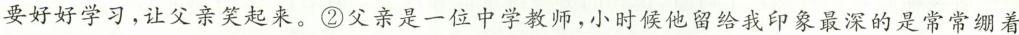
要好好学习，让父亲笑起来。②父亲是一位中学教师，小时候他留给我印象最深的是常常绷着